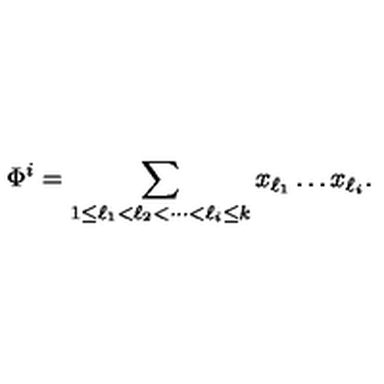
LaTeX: \Phi ^ { i } = \sum _ { 1 \leq \ell _ { 1 } < \ell _ { 2 } < \cdots < \ell _ { i } \leq k } x _ { \ell _ { 1 } } \ldots x _ { \ell _ { i } } .